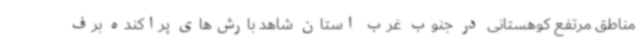
مناطق مرتفع کوهستانی در جنوب غرب استان شاهد بارش‌های پراکنده برف